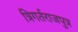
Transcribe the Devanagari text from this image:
त्रिगर्तराजपुत्र